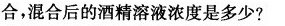
合，混合后的酒精溶液浓度是多少?